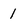
Character: 1